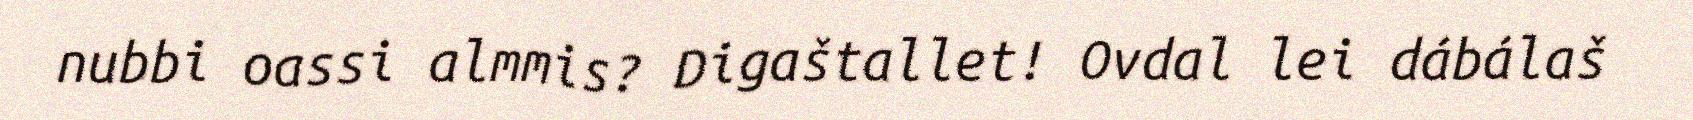
nubbi oassi almmis? Digaštallet! Ovdal lei dábálaš